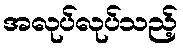
အလုပ်လုပ်သည့်